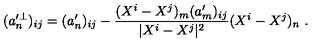
( a _ { n } ^ { \prime \perp } ) _ { i j } = ( a _ { n } ^ { \prime } ) _ { i j } - \frac { ( X ^ { i } - X ^ { j } ) _ { m } ( a _ { m } ^ { \prime } ) _ { i j } } { | X ^ { i } - X ^ { j } | ^ { 2 } } ( X ^ { i } - X ^ { j } ) _ { n } \ .